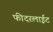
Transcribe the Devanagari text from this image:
फीदरलाईट